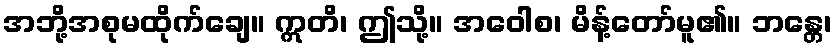
အဘို့အစုမထိုက်ချေ။ ဣတိ၊ ဤသို့။ အဝေါစ၊ မိန့်တော်မူ၏။ ဘန္တေ၊